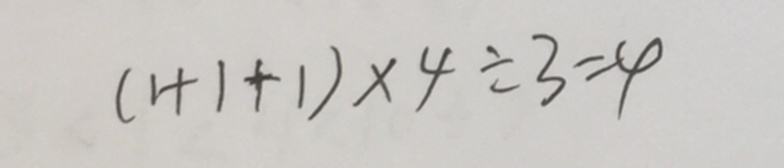
( 1 + 1 + 1 ) \times 4 \div 3 = 4